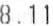
8.11